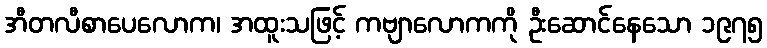
အီတလီစာပေလောက၊ အထူးသဖြင့် ကဗျာလောကကို ဦးဆောင်နေသော ၁၉၇၅